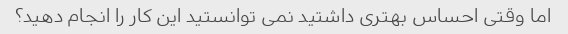
اما وقتی احساس بهتری داشتید نمی توانستید این کار را انجام دهید؟